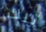
تلك